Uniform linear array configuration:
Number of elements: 48
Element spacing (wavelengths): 0.25
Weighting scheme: hann
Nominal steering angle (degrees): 60
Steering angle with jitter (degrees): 60.906
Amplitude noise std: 0.05
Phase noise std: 0.05

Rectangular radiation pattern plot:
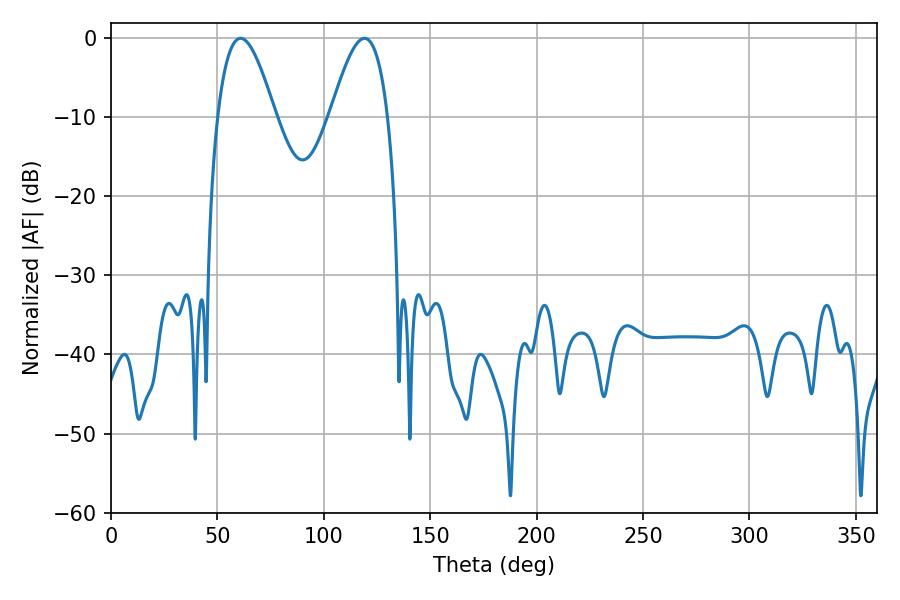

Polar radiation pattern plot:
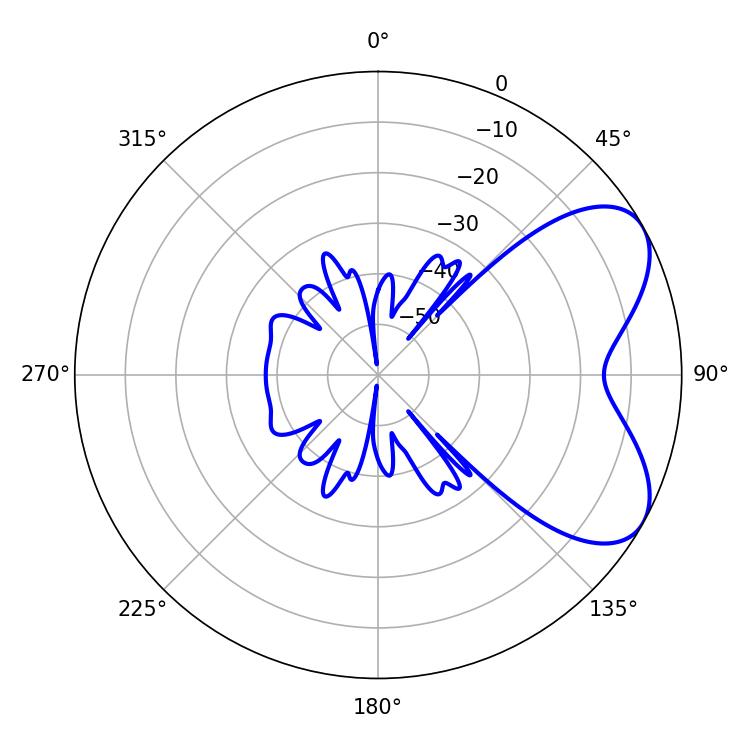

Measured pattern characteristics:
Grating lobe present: FALSE
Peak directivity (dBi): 6.013
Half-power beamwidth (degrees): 14.76
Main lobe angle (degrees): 60.84